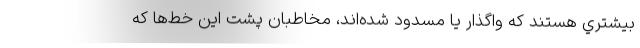
بيشتري هستند كه واگذار يا مسدود شده‌اند، مخاطبان پشت اين خط‌ها كه